Annual report on the working of the lock hospitals in the North-Western Provinces and Oudh
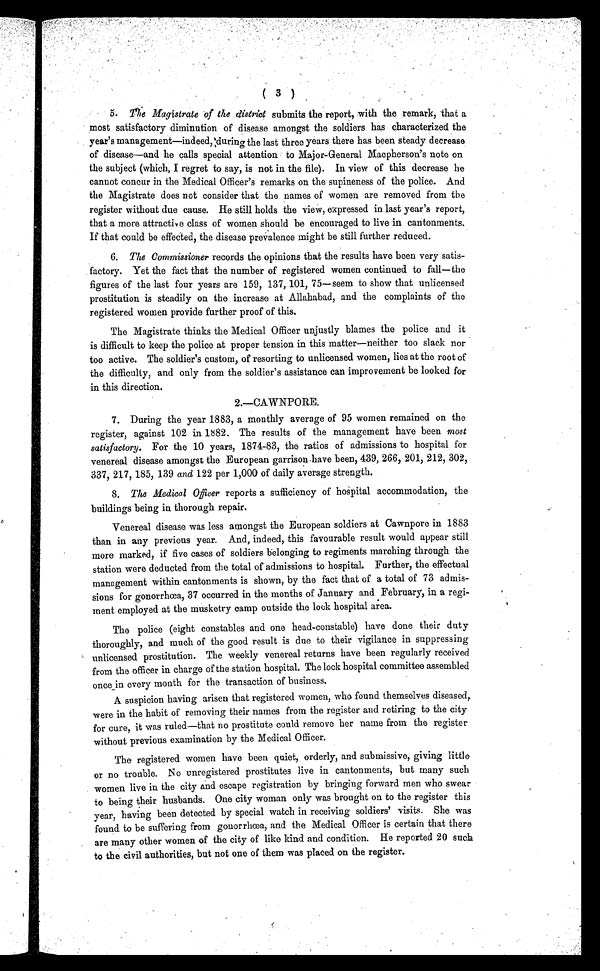
( 3 )
5.
The Magistrate of the district submits the report, with the remark, that a
most satisfactory diminution of disease amongst the soldiers has characterized the
year's management—indeed, during the last three years there has been steady decrease
of disease—and he calls special attention to Major-General Macpherson's note on
the subject (which, I regret to say, is not in. the file). In view of this decrease he
cannot concur in the Medical Officer's remarks on the supineness of the police. And
the Magistrate does not consider that the names of women are removed from the
register without due cause. He still holds the view, expressed in last year's report,
that a more attractive class of women should be encouraged to live in cantonments.
If that could be effected, the disease prevalence might be still further reduced.
6. The Commissioner records the opinions that the results have been very satis-
factory. Yet the fact that the number of registered women continued to fall—the
figures of the last four years are 159, 137, 101, 75—seem to show that unlicensed
prostitution is steadily on the increase at Allahabad, and the complaints of the
registered women provide further proof of this.
The Magistrate thinks the Medical Officer unjustly blames the police and it
is difficult to keep the police at proper tension in this matter—neither too slack nor
too active. The soldier's custom, of resorting to unlicensed women, lies at the root of
the difficulty, and only from the soldier's assistance can improvement be looked for
in this direction.
2.—CAWNPORE.
7. During the year 1883, a monthly average of 95 women remained on the
register, against 102 in 1882. The results of the management have been most
satisfactory. For the 10 years, 1874-83, the ratios of admissions to hospital for
venereal disease amongst the European garrison have been, 439, 266, 201, 212, 302,
337, 217, 185, 139 and 122 per 1,000 of daily average strength.
8. The Medical Officer reports a sufficiency of hospital accommodation, the
buildings being in thorough repair.
Venereal disease was less amongst the European soldiers at Cawnpore in 1883
than in any previous year. And, indeed, this favourable result would appear still
more marked, if five cases of soldiers belonging to regiments marching through the
station were deducted from the total of admissions to hospital. Further, the effectual
management within cantonments is shown, by the fact that of a total of 73 admis-
sions for gonorrhœa, 37 occurred in the months of January and February, in a regi-
ment employed at the musketry camp outside the lock hospital area.
The police (eight constables and one head-constable) have done their duty
thoroughly, and much of the good result is due to their vigilance in suppressing
unlicensed prostitution. The weekly venereal returns have been regularly received
from the officer in charge of the station hospital. The lock hospital committee assembled
once in every month for the transaction of business.
A suspicion having arisen that registered women, who found themselves diseased,
were in the habit of removing their names from the register and retiring to the city
for cure, it was ruled—that no prostitute could remove her name from the register
without previous examination by the Medical Officer.
The registered women have been quiet, orderly, and submissive, giving little
or no trouble. No unregistered prostitutes live in cantonments, but many such
women live in the city and escape registration by bringing forward men who swear
to being their husbands. One city woman only was brought on to the register this
year, having been detected by special watch in receiving soldiers' visits. She was
found to be suffering from gonorrhœa, and the Medical Officer is certain that there
are many other women of the city of like kind and condition. He reported 20 such
to the civil authorities, but not one of them was placed on the register.